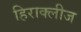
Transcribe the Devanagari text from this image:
हिराक्लीज